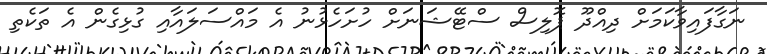
ނަގާފައިވާކަމަށް ދިއްދޫ ޕޮލިސް ސްޓޭޝަނަށް ހުށަހެޅުނު އެ މައްސަލައާއި ގުޅިގެން އެ ތަކެތި